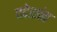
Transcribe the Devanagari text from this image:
पदेशांत